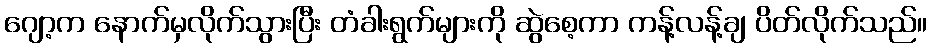
ဂျော့က နောက်မှလိုက်သွားပြီး တံခါးရွက်များကို ဆွဲစေ့ကာ ကန့်လန့်ချ ပိတ်လိုက်သည်။